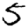
Digit: 5